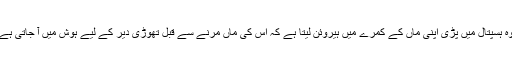
وہ ہسپتال میں پڑی اپنی ماں کے کمرے میں ہیروئن لیتا ہے کہ اس کی ماں مرنے سے قبل تھوڑی دیر کے لیے ہوش میں آ جاتی ہے۔